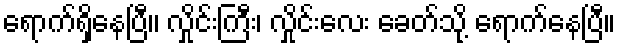
ရောက်ရှိနေပြီ၊၊ လှိုင်းကြီး၊ လှိုင်းလေး ခေတ်သို့ ရောက်နေပြီ။